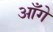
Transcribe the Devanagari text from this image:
आँगे